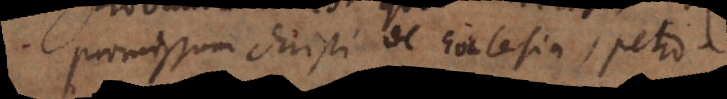
romissum Christi de Ecclesia, Petro.